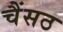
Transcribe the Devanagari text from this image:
चैंसठ